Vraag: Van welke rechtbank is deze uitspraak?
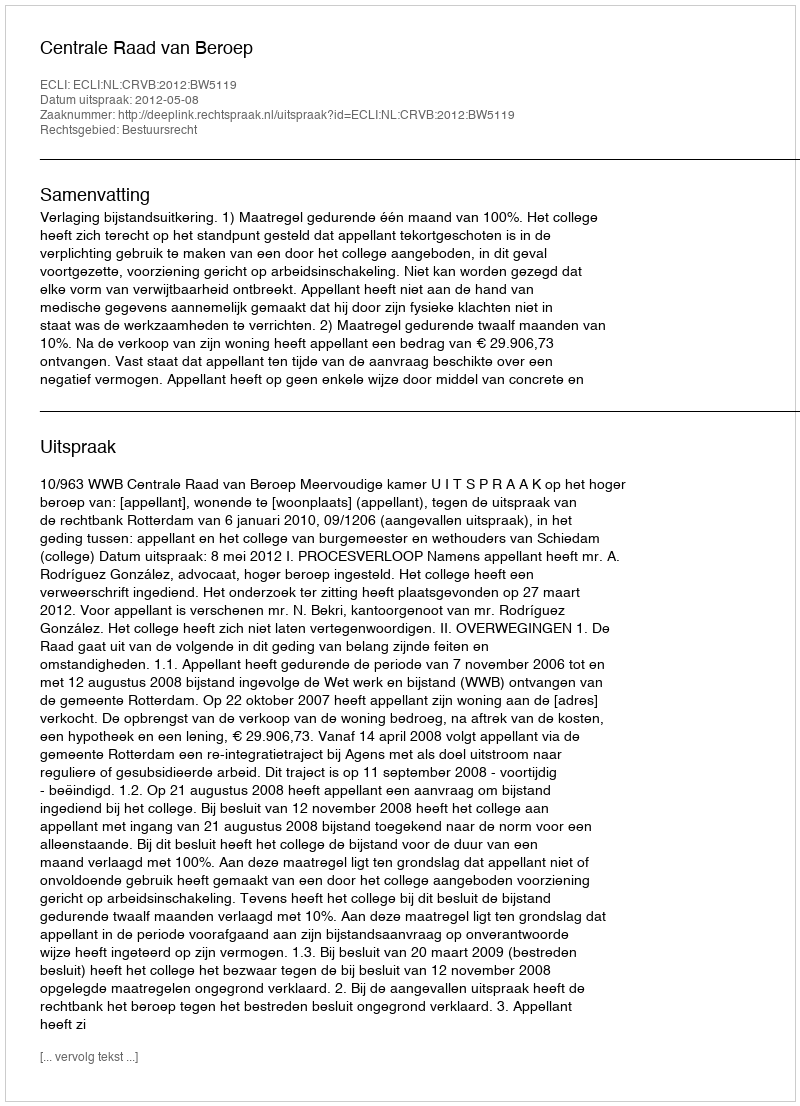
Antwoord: Centrale Raad van Beroep